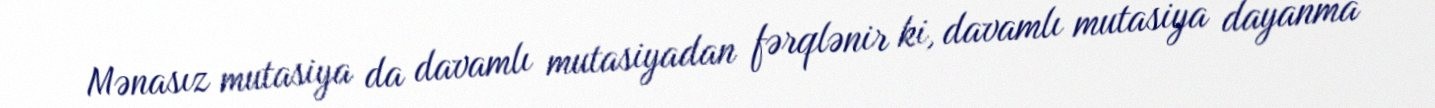
Mənasız mutasiya da davamlı mutasiyadan fərqlənir ki, davamlı mutasiya dayanma